Annual report on the lock hospitals of the Madras Presidency
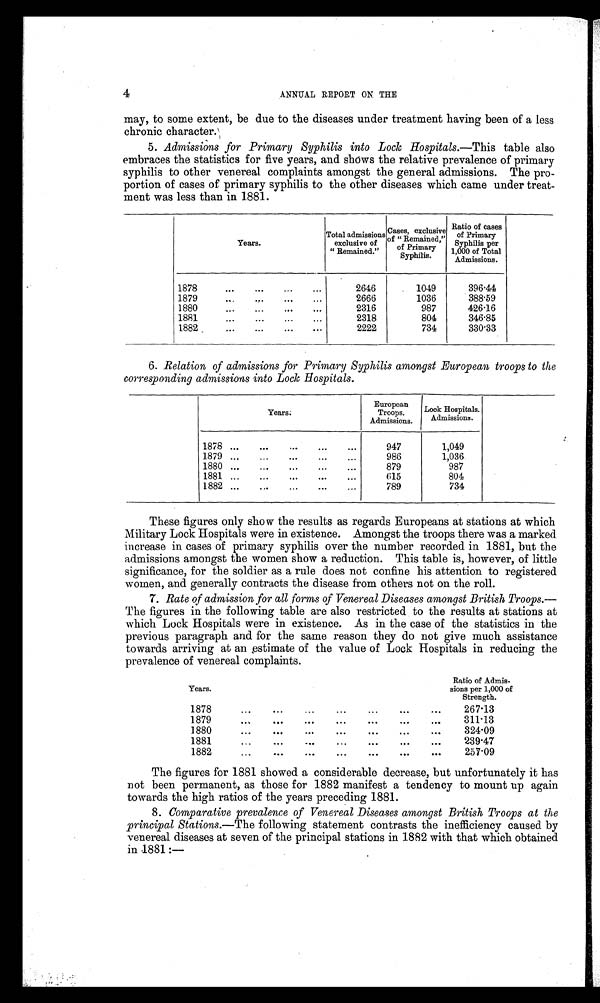
4
ANNUAL REPORT ON THE
may, to some extent, be due to the diseases under treatment having been of a less
chronic character.
5. Admissions for Primary Syphilis into Lock Hospitals.— This table also
embraces the statistics for five years, and shows the relative prevalence of primary
syphilis to other venereal complaints amongst the general admissions. The pro
-portion of cases of primary syphilis to the other diseases which came under treat
-ment was less than in 1881.
Years.
Total admissions
exclusive of
"Remained."
Cases, exclusive
of " Remained,"
of primary
Syphilis.
Ratio of cases
of Primar
y Syphilis per
1,000 of Total
Admissions.
1878...
...
...
...
2646
1049
396·44
1879
...
...
...
...
2666
1036
388·59
1880
...
...
. . .
2316
987
426·16
1881
...
...
...
...
2318
804
346·85
1882
...
...
. . .
2222
734
330·33
6. Relation of admissions for Primary Syphilis amongst European troops to the
corresponding admissions into Lock Hospitals.
Y e a r s .
European
Troops.
Admissions.
Lock Hospitals.
Admissions.
1878 ...
...
...
...
. . .
947
1,049
1879 ...
...
... ... . . .
986
1,036
1880 ...
...
...
...
...
879
987
1881 ...
...
...
...
...
615
804
1882 ...
.,.
...
...
...
789
734
These figures only show the results as regards Europeans at stations at which
Military Lock Hospitals were in existence. Amongst the troops there was a marked
increase in cases of primary syphilis over the number recorded in 1881, but the
admissions amongst the women show a reduction. This table is, however, of little
significance, for the soldier as a rule does not confine his attention to registered
women, and generally contracts the disease from others not on the roll.
7. Rate of admission for all forms of Venereal Diseases amongst British Troops.—
The figures in the following table are also restricted to the results at stations at
which Lock Hospitals were in existence. As in the case of the statistics in the
previous paragraph and for the same reason they do not give much assistance
towards arriving at an estimate of the value of Lock Hospitals in reducing the
prevalence of venereal complaints.
Years.
Ratio of Admis
-sions per 1,000 of
Strength.
1878
...
. ..
...
...
...
... ...
267·13
1879
...
...
...
... ... ...
311·13
1880
...
...
...
... ...
...
...
324·09
1881
...
... ...
...
...
...
239·47
1882
...
... ... ...
...
...
...
257·09
The figures for 1881 showed a considerable decrease, but unfortunately it has
not been permanent, as those for 1882 manifest a tendency to mount up again
towards the high ratios of the years preceding 1881.
8. Comparative prevalence of Venereal Diseases amongst British Troops at the
principal Stations.—The following statement contrasts the inefficiency caused by
venereal diseases at seven of the principal stations in 1882 with that which obtained
in . 1881 :—